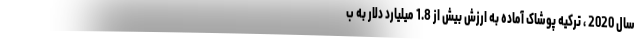
سال 2020 ، ترکیه پوشاک آماده به ارزش بیش از 1.8 میلیارد دلار به ب